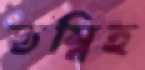
তম্বিহ